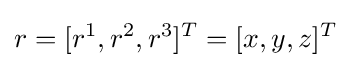
r=[r^{1},r^{2},r^{3}]^{T}=[x,y,z]^{T}